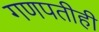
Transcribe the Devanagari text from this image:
गणपतीही